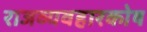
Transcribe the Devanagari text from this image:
राजव्यवहारकोष